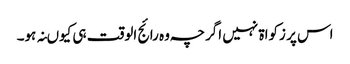
اس پر زکواۃ نہیں اگرچہ وہ رائج الوقت ہی کیوںنہ ہو۔